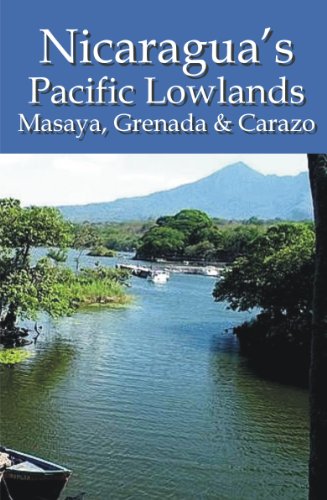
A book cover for Nicaragua's Pacific Lowlands: Masaya, Grenada & Carazo; Erica Rounsefell; Travel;